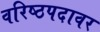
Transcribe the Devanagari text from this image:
वरिष्ठपदावर